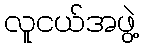
လူငယ်အဖွဲ့